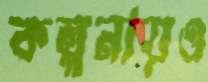
কল্পনায়ও